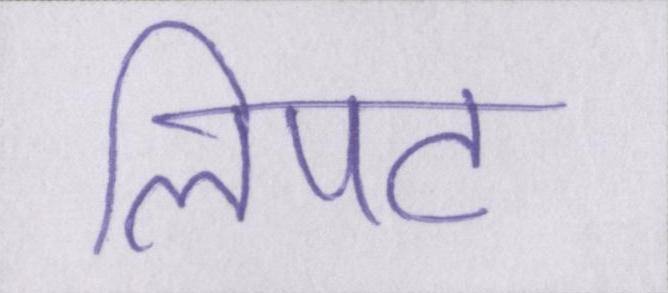
लिपट